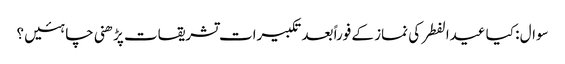
سوال : کیا عیدالفطر کی نماز کے فوراً بعد تکبیرات تشریقات پڑھنی چاہئیں ؟